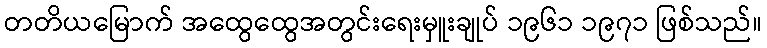
တတိယမြောက် အထွေထွေအတွင်းရေးမှူးချုပ် ၁၉၆၁ ၁၉၇၁ ဖြစ်သည်။